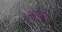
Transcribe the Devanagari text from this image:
लाइंनिग